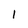
Character: 1